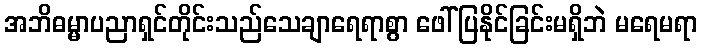
အဘိဓမ္မာပညာရှင်တိုင်းသည်သေချာရေရာစွာ ဖေါ်ပြနိုင်ခြင်းမရှိဘဲ မရေမရာ